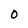
Character: 0